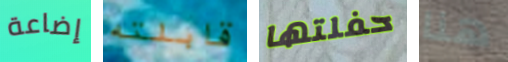
إضاعة قابلته حفلتها هنا